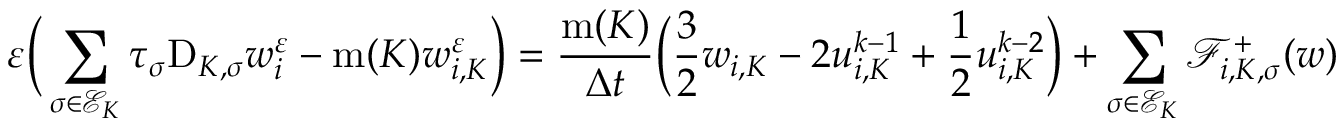
\varepsilon \bigg ( \sum _ { \sigma \in { \mathcal E } _ { K } } \tau _ { \sigma } \mathrm { D } _ { K , \sigma } w _ { i } ^ { \varepsilon } - \operatorname { m } ( K ) w _ { i , K } ^ { \varepsilon } \bigg ) = \frac { \operatorname { m } ( K ) } { \Delta t } \bigg ( \frac 3 2 w _ { i , K } - 2 u _ { i , K } ^ { k - 1 } + \frac 1 2 u _ { i , K } ^ { k - 2 } \bigg ) + \sum _ { \sigma \in { \mathcal E } _ { K } } { \mathcal F } _ { i , K , \sigma } ^ { + } ( w )